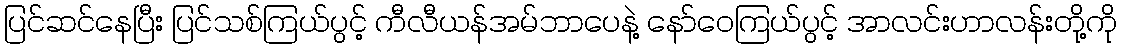
ပြင်ဆင်နေပြီး ပြင်သစ်ကြယ်ပွင့် ကီလီယန်အမ်ဘာပေနဲ့ နော်ဝေကြယ်ပွင့် အာလင်းဟာလန်းတို့ကို